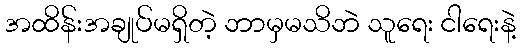
အထိန်းအချုပ်မရှိတဲ့ ဘာမှမသိဘဲ သူရေး ငါရေးနဲ့